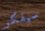
سيفكر